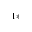
^ { 1 * }